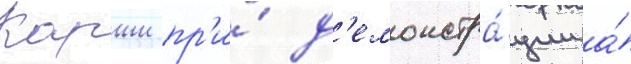
Карши пр'и́ д'емонстра́ции а́